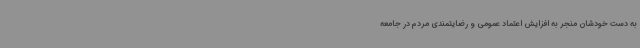
به دست خودشان منجر به افزایش اعتماد عمومی و رضایتمندی مردم در جامعه